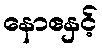
နောဧနှင့်